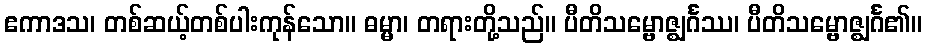
ဧကာဒသ၊ တစ်ဆယ့်တစ်ပါးကုန်သော။ ဓမ္မာ၊ တရားတို့သည်။ ပီတိသမ္ဗောဇ္ဈင်္ဂဿ၊ ပီတိသမ္ဗောဇ္ဈင်္ဂ၏။